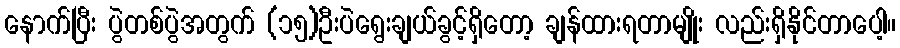
နောက်ပြီး ပွဲတစ်ပွဲအတွက် (၁၅)ဦးပဲရွေးချယ်ခွင့်ရှိတော့ ချန်ထားရတာမျိုး လည်းရှိနိုင်တာပေါ့။